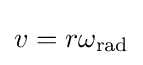
v=r\omega _{\text{rad}}